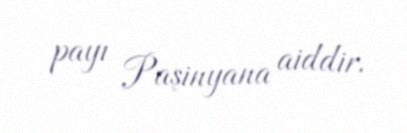
payı Paşinyana aiddir.